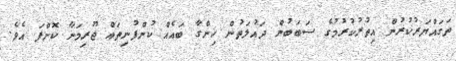
ތަގައްޔަރުކުރުން އިތުރުކުރުމުގެ ސަބަބުން ދައުލަތުން ހިންގާ ބައެއް ކުންފުނިތައް ޖޫރިމަނާ ކޮށްފަ އެވެ.